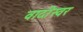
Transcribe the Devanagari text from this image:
वादीस्वर